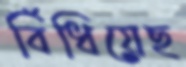
বিঁধিয়েছ